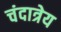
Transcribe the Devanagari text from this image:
चंदात्रेय